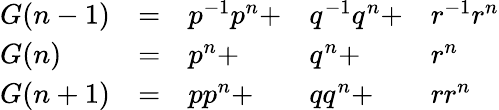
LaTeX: \begin{array}{lllll}{G(n-1)}&{=}&{p^{-1}p^{n}+}&{q^{-1}q^{n}+}&{r^{-1}r^{n}}\\ {G(n)}&{=}&{p^{n}+}&{q^{n}+}&{r^{n}}\\ {G(n+1)}&{=}&{pp^{n}+}&{qq^{n}+}&{rr^{n}}\end{array}